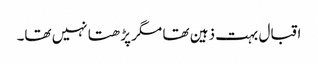
اقبال بہت ذہین تھا مگر پڑھتا نہیں تھا۔